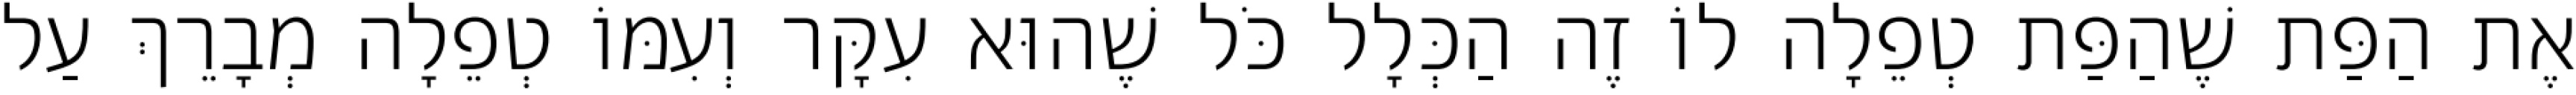
אֶת הַפַּת שֶׁהַפַּת טְפֵלָה לוֹ זֶה הַכְּלָל כֹּל שֶׁהוּא עִקָּר וְעִמּוֹ טְפֵלָה מְבָרֵךְ עַל